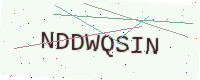
Text: NDDWQSIN